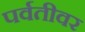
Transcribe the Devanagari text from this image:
पर्वतीवर